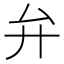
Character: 弁